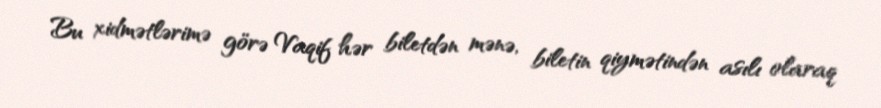
Bu xidmətlərimə görə Vaqif hər biletdən mənə, biletin qiymətindən asılı olaraq